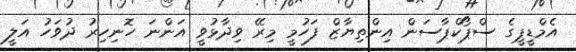
އެމްޑީޕީގެ ސްޕޯކްޕާސަން އިންތިޔާޒް ފަހުމީ މިރޭ ވިދާޅުވީ އަންނަ ހޮނިހިރު ދުވަހު އަލީ